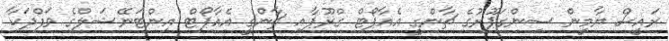
ރައީސް ޔާމީން ސިންގަޕޫރުގެ ޗާންގީ އެއާޕޯޓް ގްރޫޕާއި ޗާންގީ އެއާޕޯޓް އިންޓަނޭޝަލްގެ ވަފްދަކާ